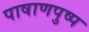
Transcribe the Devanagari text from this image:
पाषाणपुष्प